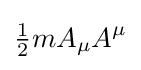
{\tfrac {1}{2}}mA_{\mu }A^{\mu }